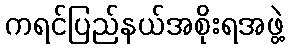
ကရင်ပြည်နယ်အစိုးရအဖွဲ့